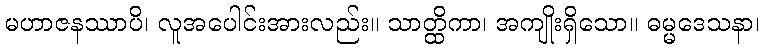
မဟာဇနဿာပိ၊ လူအပေါင်းအားလည်း။ သာတ္ထိကာ၊ အကျိုးရှိသော။ ဓမ္မဒေသနာ၊